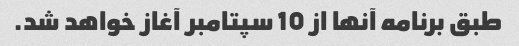
طبق برنامه آنها از 10 سپتامبر آغاز خواهد شد.